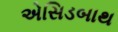
એસિડબાથ